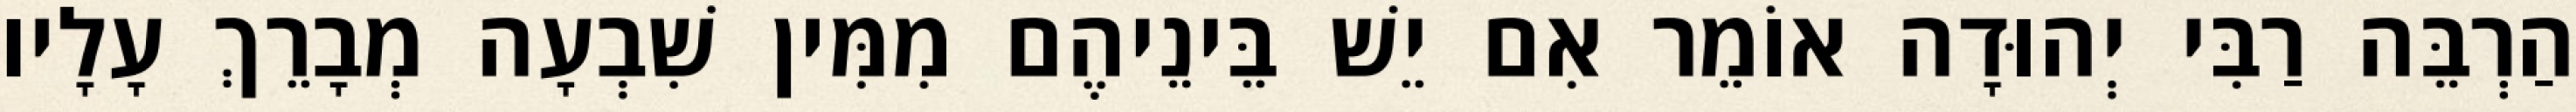
הַרְבֵּה רַבִּי יְהוּדָה אוֹמֵר אִם יֵשׁ בֵּינֵיהֶם מִמִּין שִׁבְעָה מְבָרֵךְ עָלָיו